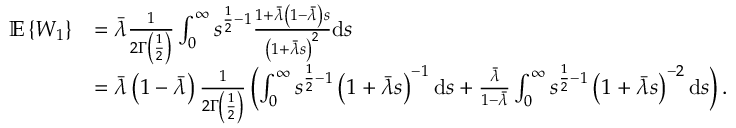
\begin{array} { r l } { \mathbb { E } \left\{ W _ { 1 } \right\} } & { = \bar { \lambda } \frac { 1 } { 2 \Gamma \left( \frac { 1 } { 2 } \right) } \int _ { 0 } ^ { \infty } s ^ { \frac { 1 } { 2 } - 1 } \frac { 1 + \bar { \lambda } \left( 1 - \bar { \lambda } \right) s } { \left( 1 + \bar { \lambda } s \right) ^ { 2 } } \mathrm { d } s } \\ & { = \bar { \lambda } \left( 1 - \bar { \lambda } \right) \frac { 1 } { 2 \Gamma \left( \frac { 1 } { 2 } \right) } \left( \int _ { 0 } ^ { \infty } s ^ { \frac { 1 } { 2 } - 1 } \left( 1 + \bar { \lambda } s \right) ^ { - 1 } \mathrm { d } s + \frac { \bar { \lambda } } { 1 - \bar { \lambda } } \int _ { 0 } ^ { \infty } s ^ { \frac { 1 } { 2 } - 1 } \left( 1 + \bar { \lambda } s \right) ^ { - 2 } \mathrm { d } s \right) . } \end{array}